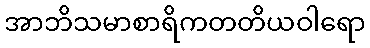
အာဘိသမာစာရိကတတိယဝါရော